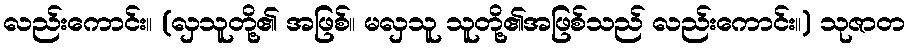
လည်းကောင်း။ (လှသူတို့၏ အဖြစ်။ မလှသူ သူတို့၏အဖြစ်သည် လည်းကောင်း။) သုဇာတ